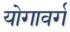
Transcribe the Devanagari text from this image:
योगावर्ग